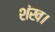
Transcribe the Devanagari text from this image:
शंख।